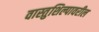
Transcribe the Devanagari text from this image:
वास्तुशिल्पावरील